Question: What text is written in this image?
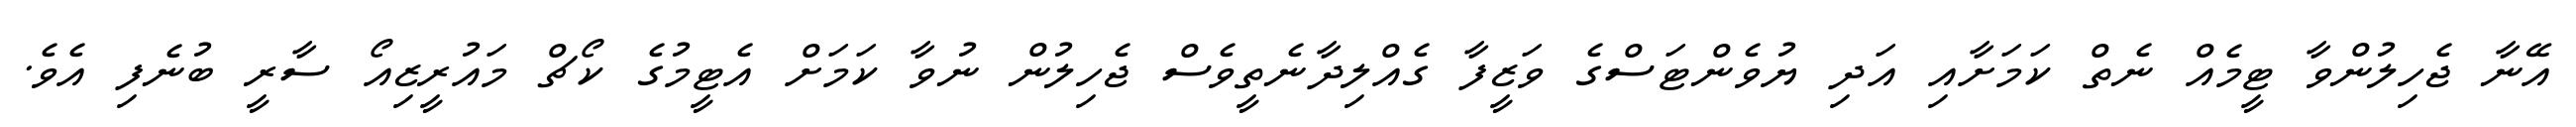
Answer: އޭނާ ޖެހިލުންވާ ޓީމެއް ނެތް ކަމަށާއި އަދި ޔުވެންޓަސްގެ ވަޒީފާ ގެއްލިދާނެތީވެސް ޖެހިލުން ނުވާ ކަމަށް އެޓީމުގެ ކޯޗް މައުރީޒިއޯ ސާރީ ބުނެފި އެވެ.